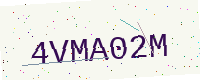
Text: 4VMA02M